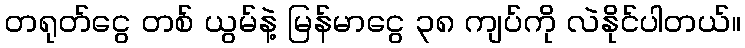
တရုတ်ငွေ တစ် ယွမ်နဲ့ မြန်မာငွေ ၃၈ ကျပ်ကို လဲနိုင်ပါတယ်။